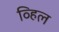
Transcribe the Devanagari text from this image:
व्हिल